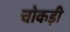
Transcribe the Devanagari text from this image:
चोकड़ी